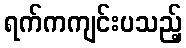
ရက်ကကျင်းပသည့်